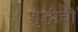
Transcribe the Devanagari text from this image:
शुद्धीची